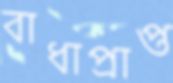
বাধাপ্রাপ্ত